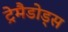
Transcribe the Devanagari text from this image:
ट्रेमैडोड्स